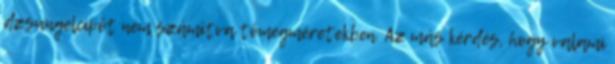
dzsungelcipőt nem számítva tömegméretekben. Az más kérdés, hogy valami